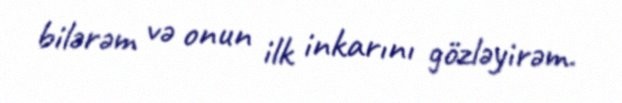
bilərəm və onun ilk inkarını gözləyirəm.